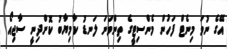
އޭގެ ނުވަ މިނެޓް ފަހުން މެންސިޓީގެ ތިންވަނަ ލަނޑު ކާމިޔާބު ކޮށްދިނީ ސާޖިއޯ